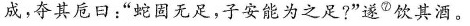
成，夺其卮日：”蛇固无足，子安能为之足?”遂⑦饮其酒。